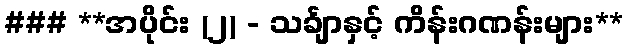
### **အပိုင်း (၂) - သင်္ချာနှင့် ကိန်းဂဏန်းများ**